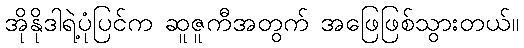
အိုနိုဒါရဲ့ပုံပြင်က ဆူဇူကီအတွက် အဖြေဖြစ်သွားတယ်။